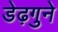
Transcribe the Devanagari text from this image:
डेढ़गुने